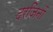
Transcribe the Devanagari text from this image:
दरजिनों